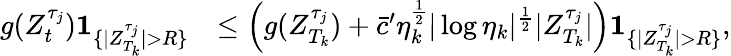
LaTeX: \begin{array}{rl}{g(Z_{t}^{\tau_{j}})\textbf{1}_{\{ |Z_{T_{k}}^{\tau_{j}}|>R\} }}&{\leq\left(g(Z_{T_{k}}^{\tau_{j}})+\bar{c}^{\prime}\eta_{k}^{\frac{1}{2}}|\log\eta_{k}|^{\frac{1}{2}}|Z_{T_{k}}^{\tau_{j}}|\right)\textbf{1}_{\{ |Z_{T_{k}}^{\tau_{j}}|>R\} },}\end{array}